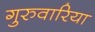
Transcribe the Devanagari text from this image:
गुरुवारिया